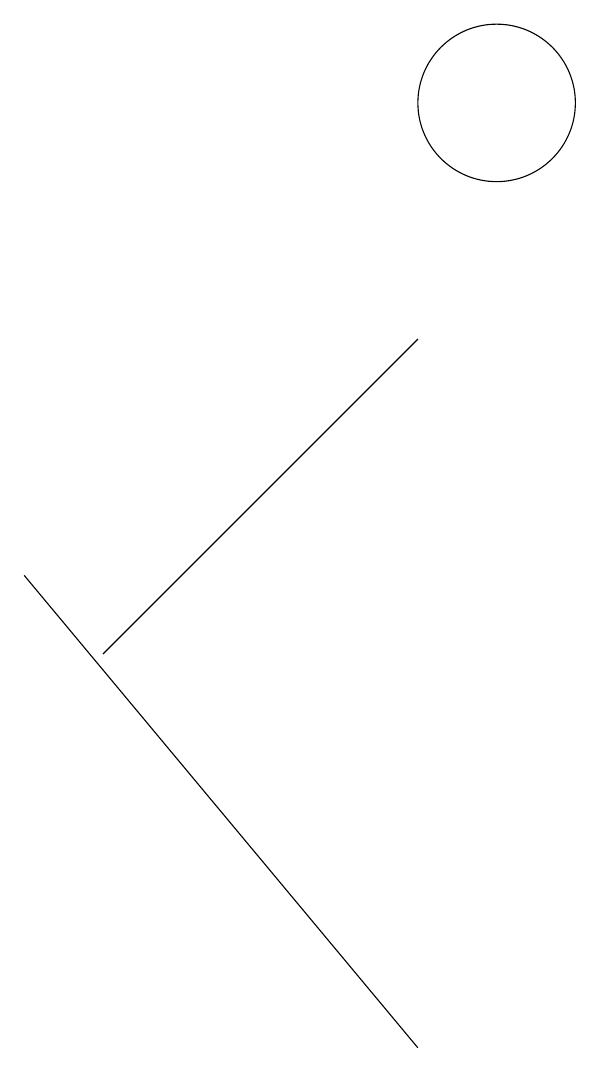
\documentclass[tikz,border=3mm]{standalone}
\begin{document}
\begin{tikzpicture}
\draw (9,9) -- (5,5) -- (9,9) -- cycle;
\draw (10,12) circle (1);
\draw (9,0) -- (4,6) -- (9,0) -- cycle;
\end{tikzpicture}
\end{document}